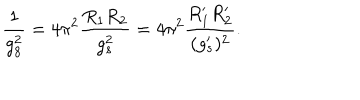
\frac { 1 } { g _ { 8 } ^ { 2 } } = 4 \pi ^ { 2 } \frac { R _ { 1 } R _ { 2 } } { g _ { s } ^ { 2 } } = 4 \pi ^ { 2 } \frac { R _ { 1 } ^ { \prime } R _ { 2 } ^ { \prime } } { ( g _ { s } ^ { \prime } ) ^ { 2 } } .